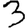
Digit: 3